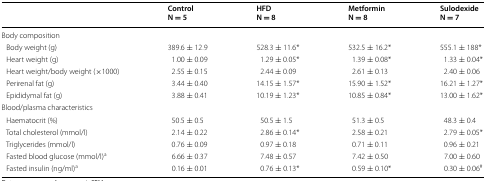
|  | ControlN = 5 | HFDN = 8 | MetforminN = 8 | SulodexideN = 7 |
 | --- | --- | --- | --- | --- |
 | <COLSPAN=5> Body composition |
 | Body weight (g) | 389.6 ± 12.9 | 528.3 ± 11.6* | 532.5 ± 16.2* | 555.1 ± 188* |
 | Heart weight (g) | 1.00 ± 0.09 | 1.29 ± 0.05* | 1.39 ± 0.08* | 1.33 ± 0.04* |
 | Heart weight/body weight (×1000) | 2.55 ± 0.15 | 2.44 ± 0.09 | 2.61 ± 0.13 | 2.40 ± 0.06 |
 | Perirenal fat (g) | 3.44 ± 0.40 | 14.15 ± 1.57* | 15.90 ± 1.52* | 16.21 ± 1.27* |
 | Epididymal fat (g) | 3.88 ± 0.41 | 10.19 ± 1.23* | 10.85 ± 0.84* | 13.00 ± 1.62* |
 | <COLSPAN=5> Blood/plasma characteristics |
 | Haematocrit (%) | 50.5 ± 0.5 | 50.5 ± 1.5 | 51.3 ± 0.5 | 48.3 ± 0.4 |
 | Total cholesterol (mmol/l) | 2.14 ± 0.22 | 2.86 ± 0.14* | 2.58 ± 0.21 | 2.79 ± 0.05* |
 | Triglycerides (mmol/l) | 0.76 ± 0.09 | 0.97 ± 0.18 | 0.71 ± 0.11 | 0.96 ± 0.21 |
 | Fasted blood glucose (mmol/l)a | 6.66 ± 0.37 | 7.48 ± 0.57 | 7.42 ± 0.50 | 7.00 ± 0.60 |
 | Fasted insulin (ng/ml)a | 0.16 ± 0.01 | 0.76 ± 0.13* | 0.59 ± 0.10* | 0.30 ± 0.06# |